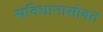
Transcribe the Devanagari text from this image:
संविधानासोबत